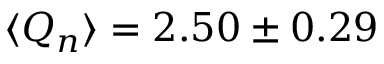
\langle Q _ { n } \rangle = 2 . 5 0 \pm 0 . 2 9